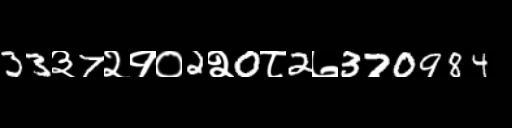
Text: 33३7२१०2२0८2७370984